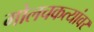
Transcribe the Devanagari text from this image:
गोलचकत्यांवर